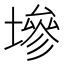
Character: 墋